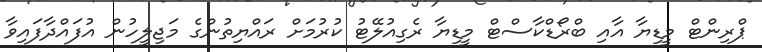
ޕްރިންޓް މީޑިޔާ އާއި ބްރޯޑްކާސްޓް މީޑިޔާ ރެގިއުލޭޓު ކުރުމަށް ރައްޔިތުންގެ މަޖިލީހުން އުފައްދާފައިވާ